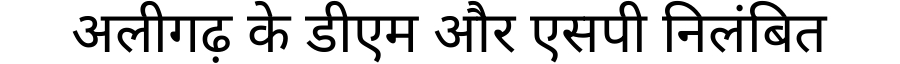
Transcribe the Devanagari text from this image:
अलीगढ़ के डीएम और एसपी निलंबित